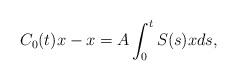
LaTeX: \begin{gather*}C_{0}(t)x-x=A\int_0^t S(s)xds,\end{gather*}